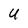
Character: U